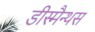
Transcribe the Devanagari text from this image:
डीस्मैन्थस